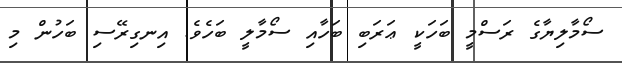
ސޯމާލިޔާގެ ރަސްމީ ބަހަކީ ޢަރަބި ބަހާއި ސޯމާލީ ބަހެވެ. އިނގިރޭސި ބަހުން މި